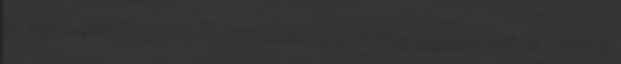
15 lejre emelkedjen, illetve kompenzációs csomagot is kínál a